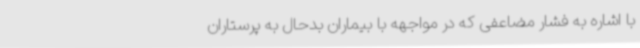
با اشاره به فشار مضاعفی که در مواجهه با بیماران بدحال به پرستاران